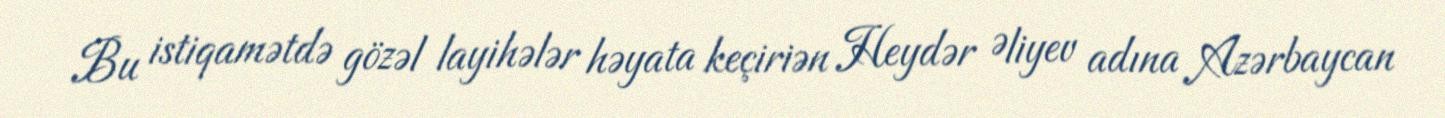
Bu istiqamətdə gözəl layihələr həyata keçiriən Heydər Əliyev adına Azərbaycan